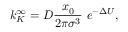
k _ { K } ^ { \infty } = D \frac { x _ { 0 } } { 2 \pi \sigma ^ { 3 } } \ e ^ { - \Delta U } ,